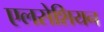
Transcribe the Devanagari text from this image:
एलसेशियन